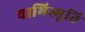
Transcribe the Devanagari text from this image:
याभिस्मृति